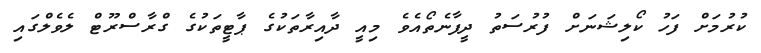
ކުރުމަށް ފަހު ކޯލިޝަނަށް ފުރުސަތު ދީފާނެތޯއެވެ މިއީ ދާއިރާތަކުގެ ޕާޓީތަކުގެ ގްރާސްރޫޓް ލެވެލްގައި